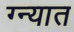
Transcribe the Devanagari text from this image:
ग्न्यात